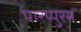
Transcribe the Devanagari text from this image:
पारप्पुरम